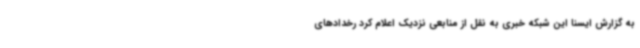
به گزارش ایسنا این شبکه خبری به نقل از منابعی نزدیک اعلام کرد رخدادهای